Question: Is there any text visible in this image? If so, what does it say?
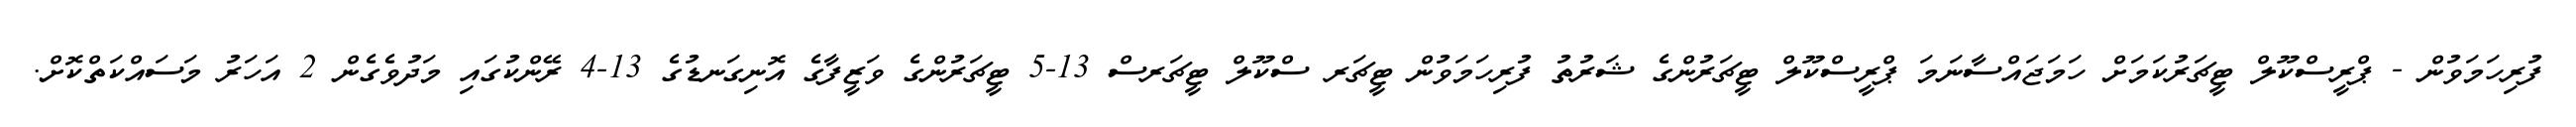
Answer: ފުރިހަމަވުން - ޕްރީސްކޫލް ޓީޗަރުކަމަށް ހަމަޖައްސާނަމަ ޕްރީސްކޫލް ޓީޗަރުންގެ ޝަރުތު ފުރިހަމަވުން ޓީޗަރ ސްކޫލް ޓީޗަރސް 13-5 ޓީޗަރުންގެ ވަޒީފާގެ އޮނިގަނޑުގެ 13-4 ރޭންކުގައި މަދުވެގެން 2 އަހަރު މަސައްކަތްކޮށް.